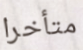
متأخرا